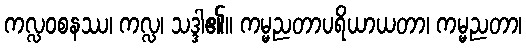
ကလ္လဝစနဿ၊ ကလ္လ၊ သဒ္ဒါ၏။ ကမ္မညတာပရိယာယတာ၊ ကမ္မညတာ၊